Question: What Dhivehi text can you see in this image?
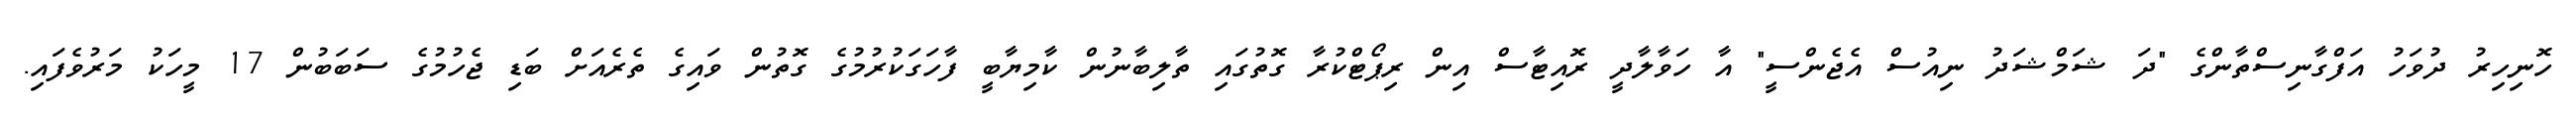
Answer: ހޮނިހިރު ދުވަހު އަފްގާނިސްތާންގެ "ދަ ޝަމްޝަދު ނިއުސް އެޖެންސީ" އާ ހަވާލާދީ ރޮއިޓާސް އިން ރިޕޯޓްކުރާ ގޮތުގައި ތާލިބާނުން ކާމިޔާބީ ފާހަގަކުރުމުގެ ގޮތުން ވައިގެ ތެރެއަށް ބަޑި ޖެހުމުގެ ސަބަބުން 17 މީހަކު މަރުވެފައި.